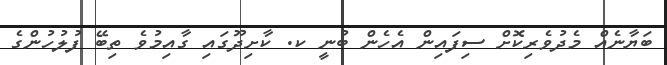
ބަޔާނެއް މެދުވެރިކޮށް ސިފައިން އެހެން ބުނީ ކ. ކާށިދޫގައި ގާއިމުވެ ތިބޭ ފުލުހުންގެ